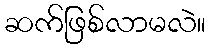
ဆက်ဖြစ်လာမလဲ။